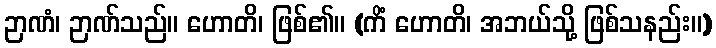
ဉာဏံ၊ ဉာဏ်သည်။ ဟောတိ၊ ဖြစ်၏။ (ကိံ ဟောတိ၊ အဘယ်သို့ ဖြစ်သနည်း။)